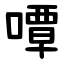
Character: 嘾